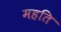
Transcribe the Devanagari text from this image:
महति